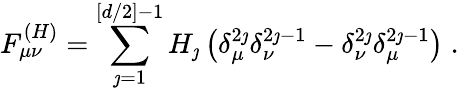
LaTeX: F_{\mu\nu}^{(H)}=\sum_{\jmath=1}^{[d/2]-1}H_{\jmath}\left(\delta_{\mu}^{2\jmath}\delta_{\nu}^{2\jmath-1}-\delta_{\nu}^{2\jmath}\delta_{\mu}^{2\jmath-1}\right)\; .